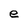
Character: e